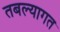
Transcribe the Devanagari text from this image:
तबल्यागत